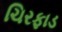
ચિરફાડ